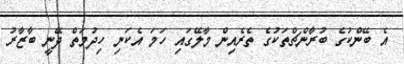
އެ ބޭންކުގެ ބުރާންޗްތަކުގެ ތެރެއިން މާލޭގައި ހަމަ އެކަނި ހިދުމަތް ދޭނީ ބާޒާރު